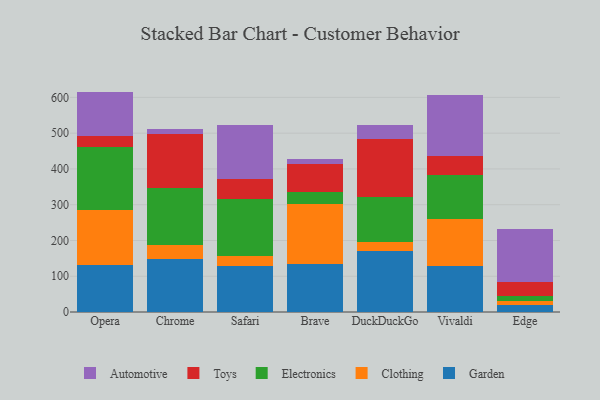
{"axis": {"x": "Browser", "y": "Market Share (%)"}, "legend": ["Automotive", "Clothing", "Electronics", "Garden", "Toys"], "data": [{"x": "Opera", "y": 132.2, "type": "Garden"}, {"x": "Opera", "y": 152.3, "type": "Clothing"}, {"x": "Opera", "y": 177.5, "type": "Electronics"}, {"x": "Opera", "y": 29.6, "type": "Toys"}, {"x": "Opera", "y": 124.6, "type": "Automotive"}, {"x": "Chrome", "y": 146.9, "type": "Garden"}, {"x": "Chrome", "y": 40.0, "type": "Clothing"}, {"x": "Chrome", "y": 161.1, "type": "Electronics"}, {"x": "Chrome", "y": 149.6, "type": "Toys"}, {"x": "Chrome", "y": 13.4, "type": "Automotive"}, {"x": "Safari", "y": 127.6, "type": "Garden"}, {"x": "Safari", "y": 28.4, "type": "Clothing"}, {"x": "Safari", "y": 160.0, "type": "Electronics"}, {"x": "Safari", "y": 56.3, "type": "Toys"}, {"x": "Safari", "y": 151.4, "type": "Automotive"}, {"x": "Brave", "y": 135.3, "type": "Garden"}, {"x": "Brave", "y": 168.0, "type": "Clothing"}, {"x": "Brave", "y": 32.8, "type": "Electronics"}, {"x": "Brave", "y": 79.0, "type": "Toys"}, {"x": "Brave", "y": 14.0, "type": "Automotive"}, {"x": "DuckDuckGo", "y": 169.9, "type": "Garden"}, {"x": "DuckDuckGo", "y": 25.3, "type": "Clothing"}, {"x": "DuckDuckGo", "y": 127.2, "type": "Electronics"}, {"x": "DuckDuckGo", "y": 160.0, "type": "Toys"}, {"x": "DuckDuckGo", "y": 41.3, "type": "Automotive"}, {"x": "Vivaldi", "y": 127.8, "type": "Garden"}, {"x": "Vivaldi", "y": 132.4, "type": "Clothing"}, {"x": "Vivaldi", "y": 122.0, "type": "Electronics"}, {"x": "Vivaldi", "y": 55.2, "type": "Toys"}, {"x": "Vivaldi", "y": 169.1, "type": "Automotive"}, {"x": "Edge", "y": 19.1, "type": "Garden"}, {"x": "Edge", "y": 12.0, "type": "Clothing"}, {"x": "Edge", "y": 13.0, "type": "Electronics"}, {"x": "Edge", "y": 38.7, "type": "Toys"}, {"x": "Edge", "y": 149.8, "type": "Automotive"}]}